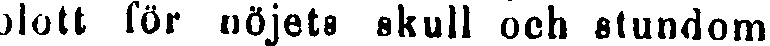
blott för nöjets skull och stundom